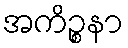
အကိဉ္စနာ